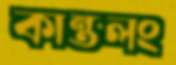
কান্তলং